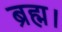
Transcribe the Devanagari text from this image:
ब्रह्म।